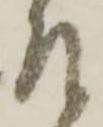
左